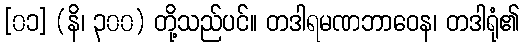
[၀၁] (နိ၊ ၃၀၀) တို့သည်ပင်။ တဒါရမဏဘာဝေန၊ တဒါရုံ၏